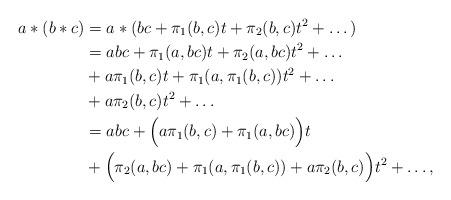
LaTeX: \begin{align*} a*(b*c) &= a*(bc + \pi_1(b,c)t + \pi_2(b,c)t^2+\dots)\\ &= abc + \pi_1(a,bc)t + \pi_2(a,bc)t^2 + \dots \\ & + a\pi_1(b,c)t + \pi_1(a,\pi_1(b,c))t^2 + \dots \\ & + a\pi_2(b,c)t^2 + \dots \\&= abc + \Big(a\pi_1(b,c) + \pi_1(a,bc)\Big)t \\ & + \Big(\pi_2(a,bc) + \pi_1(a,\pi_1(b,c)) + a\pi_2(b,c)\Big)t^2 + \dots,\end{align*}